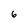
Character: 6